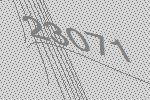
23071